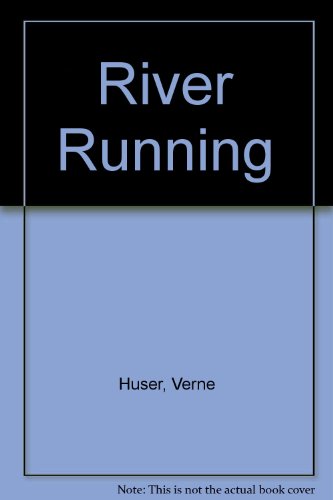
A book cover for River Running; Verne Huser; Sports & Outdoors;